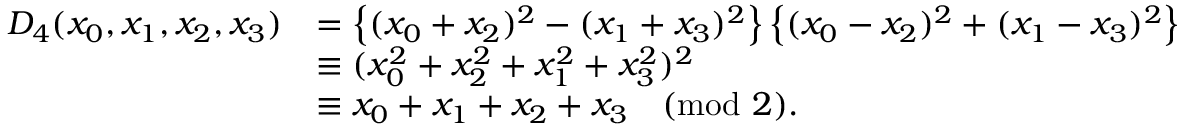
\begin{array} { r l } { D _ { 4 } ( x _ { 0 } , x _ { 1 } , x _ { 2 } , x _ { 3 } ) } & { = \left\{ ( x _ { 0 } + x _ { 2 } ) ^ { 2 } - ( x _ { 1 } + x _ { 3 } ) ^ { 2 } \right\} \left\{ ( x _ { 0 } - x _ { 2 } ) ^ { 2 } + ( x _ { 1 } - x _ { 3 } ) ^ { 2 } \right\} } \\ & { \equiv ( x _ { 0 } ^ { 2 } + x _ { 2 } ^ { 2 } + x _ { 1 } ^ { 2 } + x _ { 3 } ^ { 2 } ) ^ { 2 } } \\ & { \equiv x _ { 0 } + x _ { 1 } + x _ { 2 } + x _ { 3 } \pmod { 2 } . } \end{array}